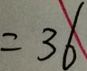
= 3 6